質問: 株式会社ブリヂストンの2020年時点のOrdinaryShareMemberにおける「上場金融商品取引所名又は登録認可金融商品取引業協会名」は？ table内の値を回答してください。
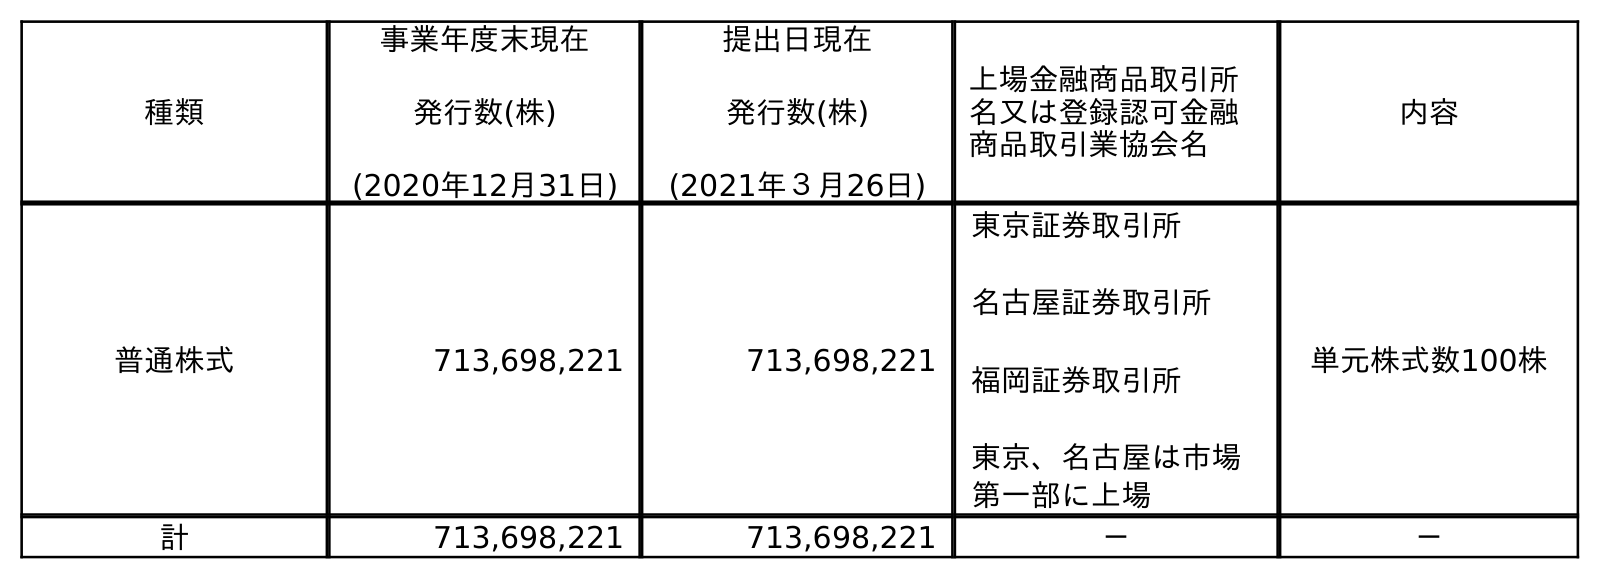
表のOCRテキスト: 種類 事業年度末現在 発行数(株) (2020年12月31日) 提出日現在 発行数(株) (2021年３月26日) 上場金融商品取引所 名又は登録認可金融 商品取引業協会名 内容 普通株式 713,698,221 713,698,221 東京証券取引所 名古屋証券取引所 福岡証券取引所 東京、名古屋は市場 第一部に上場 単元株式数100株 計 713,698,221 713,698,221 － －
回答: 東京証券取引所名古屋証券取引所福岡証券取引所東京、名古屋は市場第一部に上場